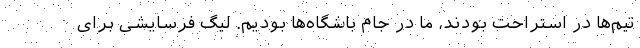
تیم‌ها در استراحت بودند، ما در جام باشگاه‌ها بودیم. لیگ فرسایشی برای